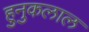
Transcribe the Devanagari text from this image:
हुनुकलाल